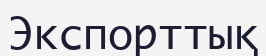
Экспорттық